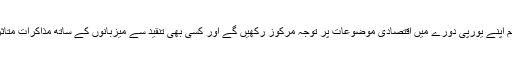
چينی وزير اعظم اپنے يورپی دورے ميں اقتصادی موضوعات پر توجہ مرکوز رکھيں گے اور کسی بھی تنقيد سے ميزبانوں کے ساتھ مذاکرات متاثر ہو سکتے ہيں۔